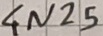
Text: 4N25